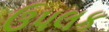
ઉપલક